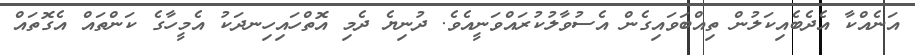
އަނެއްކާ އެދެބެއިކަލުން ތިއްބަވައިގެން އެސުވާލުކުރައްވަނީއެވެ. ދުނިޔެ ދެމި އޮތްހައިހިނދަކު އެމީހާގެ ކަންތައް އެގޮތައް